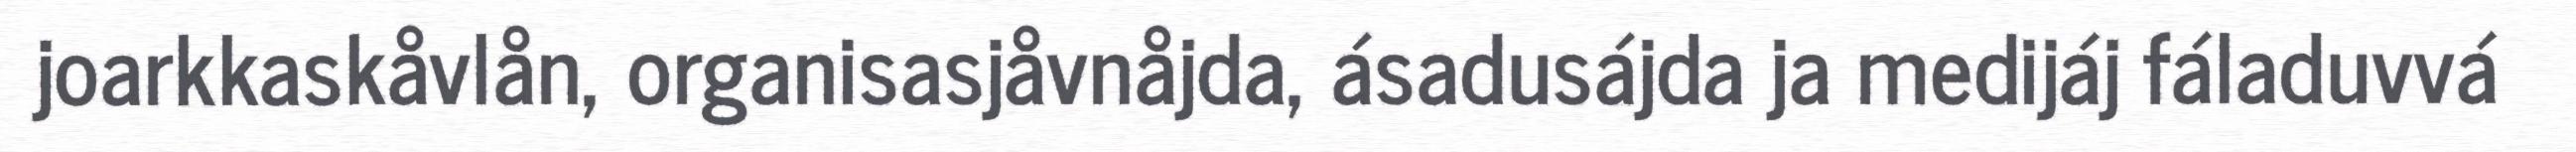
joarkkaskåvlån, organisasjåvnåjda, ásadusájda ja medijáj fáladuvvá